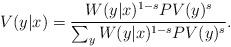
LaTeX: \begin{align*}V(y|x) = \frac{W(y|x)^{1-s} PV(y)^s}{\sum_y W(y|x)^{1-s} PV(y)^s} .\end{align*}